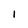
Character: I